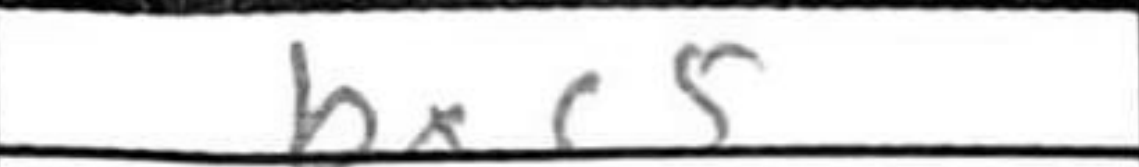
Transcription: bxc5